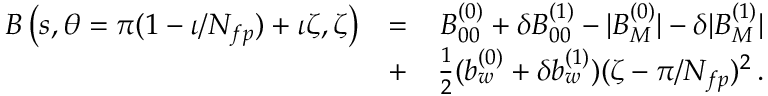
\begin{array} { r l r } { B \left( s , \theta = \pi ( 1 - \iota / N _ { f p } ) + \iota \zeta , \zeta \right) } & { = } & { B _ { 0 0 } ^ { ( 0 ) } + \delta B _ { 0 0 } ^ { ( 1 ) } - | B _ { M } ^ { ( 0 ) } | - \delta | B _ { M } ^ { ( 1 ) } | } \\ & { + } & { \frac { 1 } { 2 } ( b _ { w } ^ { ( 0 ) } + \delta b _ { w } ^ { ( 1 ) } ) ( \zeta - \pi / N _ { f p } ) ^ { 2 } \, . } \end{array}